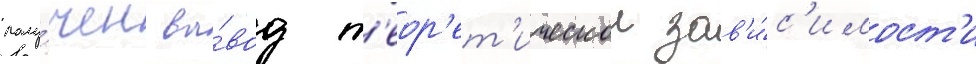
полу́чен вы́вод т'еор'ет'ическои зав'и́с'имост'и